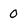
Character: 0